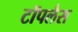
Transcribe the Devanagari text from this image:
टॉपलैस